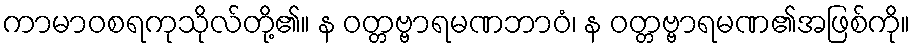
ကာမာဝစရကုသိုလ်တို့၏။ န ဝတ္တဗ္ဗာရမဏဘာဝံ၊ န ဝတ္တဗ္ဗာရမဏ၏အဖြစ်ကို။